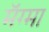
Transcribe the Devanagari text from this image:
मॅग्मा